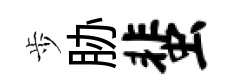
歩胁蜚